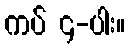
ကပ် ၄-ပါး။